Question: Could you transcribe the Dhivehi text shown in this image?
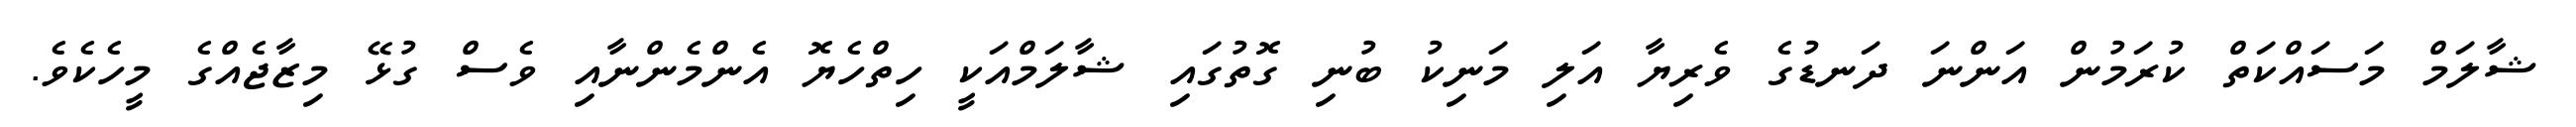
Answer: ޝާލަމް މަސައްކަތް ކުރަމުން އަންނަ ދަނޑުގެ ވެރިޔާ އަލި މަނިކު ބުނި ގޮތުގައި ޝާލަމްއަކީ ހިތްހެޔޮ އެންމެންނާއި ވެސް ގުޅޭ މިޒާޖެއްގެ މީހެކެވެ.